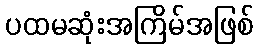
ပထမဆုံးအကြိမ်အဖြစ်